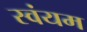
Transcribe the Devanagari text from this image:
स्‍वंयम